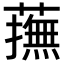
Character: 𧁵